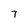
Character: 7